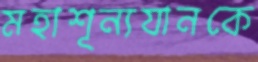
মহাশূন্যযানকে